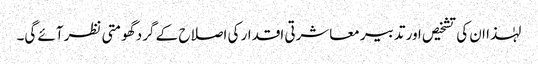
لہٰذا ان کی تشخیص اور تدبیر معاشرتی اقدار کی اصلاح کے گرد گھومتی نظر آئے گی۔